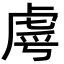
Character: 𮓣